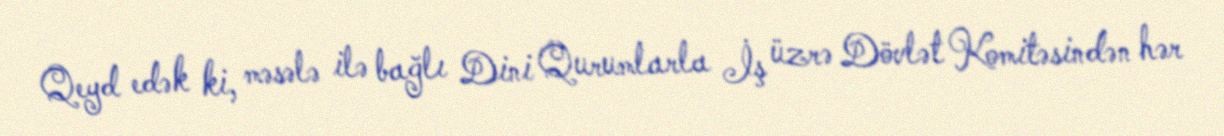
Qeyd edək ki, məsələ ilə bağlı Dini Qurumlarla İş üzrə Dövlət Komitəsindən hər